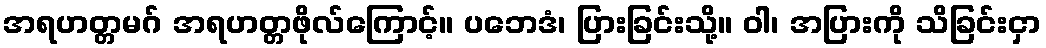
အရဟတ္တမဂ် အရဟတ္တဖိုလ်ကြောင့်။ ပဘေဒံ၊ ပြားခြင်းသို့။ ဝါ၊ အပြားကို သိခြင်းငှာ